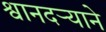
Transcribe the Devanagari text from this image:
श्वानदर्‍याने